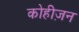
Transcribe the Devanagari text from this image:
कोहीज़न